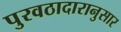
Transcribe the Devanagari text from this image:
पुरवठादारानुसार